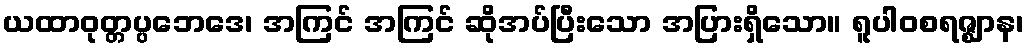
ယထာဝုတ္တပ္ပဘေဒေ၊ အကြင် အကြင် ဆိုအပ်ပြီးသော အပြားရှိသော။ ရူပါဝစရဇ္ဈာန၊